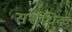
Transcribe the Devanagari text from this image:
सर्शधिक